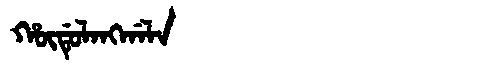
Manchu: ᡥᡡᡩᡠᠯᠠᠩᡤᠠᠯᠠ
Romanization: HŪDULANGGALA